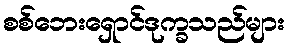
စစ်ဘေးရှောင်ဒုက္ခသည်များ